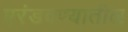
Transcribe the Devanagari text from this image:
एरंडवण्यातील